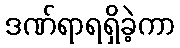
ဒဏ်ရာရရှိခဲ့ကာ